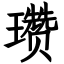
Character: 瓒